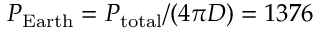
P _ { \mathrm { E a r t h } } = P _ { \mathrm { t o t a l } } / ( 4 \pi D ) = 1 3 7 6